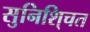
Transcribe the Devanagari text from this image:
सुनिशि्चत